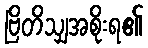
ဗြိတိသျှအစိုးရ၏